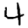
Digit: 4